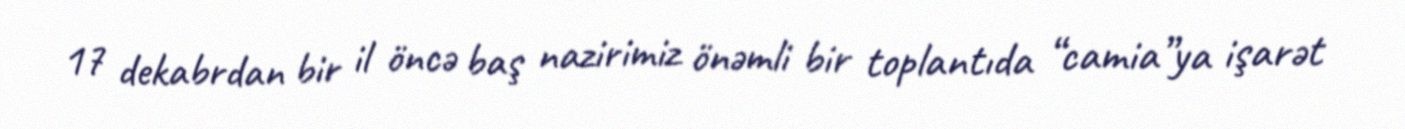
17 dekabrdan bir il öncə baş nazirimiz önəmli bir toplantıda “camia”ya işarət